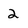
Character: 2